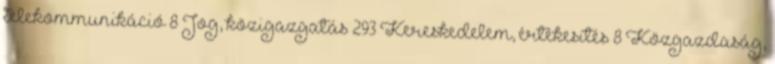
telekommunikáció 8 Jog, közigazgatás 293 Kereskedelem, értékesítés 8 Közgazdaság,